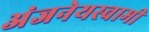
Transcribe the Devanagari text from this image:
अंजनेयस्‍वामी